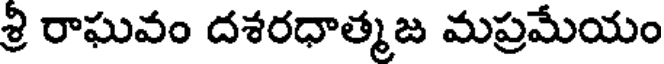
శ్రి రాఘవం దశరధాత్మజ మప్రమేయం